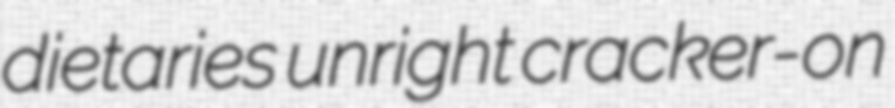
dietaries unright cracker-on